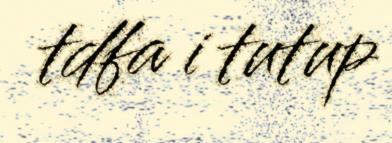
tdfa i tutup